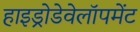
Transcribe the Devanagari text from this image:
हाइड्रोडेवेलॉपमेंट